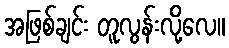
အဖြစ်ချင်း တူလွန်းလို့လေ။